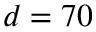
d = 7 0